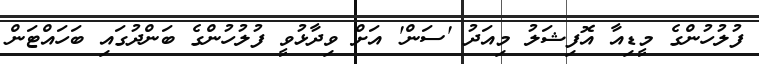
ފުލުހުންގެ މީޑިއާ އޮފިޝަލު މިއަދު 'ސަން' އަށް ވިދާޅުވީ ފުލުހުންގެ ބަންދުގައި ބަހައްޓަން